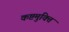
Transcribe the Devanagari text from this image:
कष्टमुक्ति